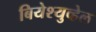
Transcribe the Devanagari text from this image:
बियेश्युव्हेल